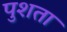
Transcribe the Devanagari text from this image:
पुशता